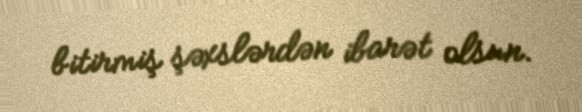
bitirmiş şəxslərdən ibarət olsun.